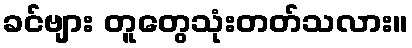
ခင်ဗျား တူတွေသုံးတတ်သလား။